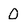
Character: 0